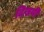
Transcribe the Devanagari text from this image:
दिखयी